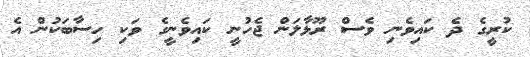
ކުރީގެ ދެ ކައިވެނި ވެސް ރޫޅާލަން ޖެހުނީ ކައިވެނީގެ ވަކި ހިސާބަކުން އެ